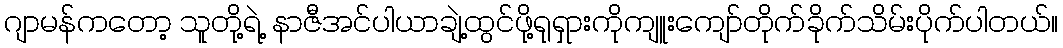
ဂျာမန်ကတော့ သူတို့ရဲ့ နာဇီအင်ပါယာချဲ့ထွင်ဖို့ရုရှားကိုကျူးကျော်တိုက်ခိုက်သိမ်းပိုက်ပါတယ်။